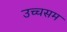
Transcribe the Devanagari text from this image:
उच्चसम